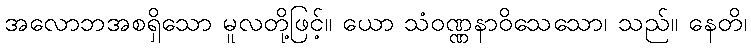
အလောဘအစရှိသော မူလတို့ဖြင့်။ ယော သံဝဏ္ဏနာဝိသေသော၊ သည်။ နေတိ၊